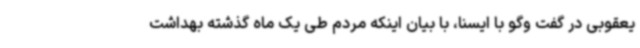
یعقوبی در گفت وگو با ایسنا، با بیان اینکه مردم طی یک ماه گذشته بهداشت